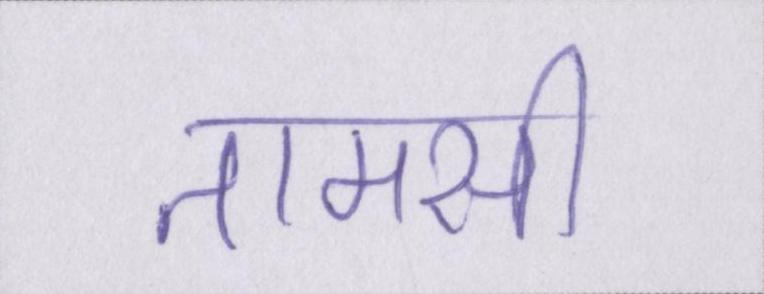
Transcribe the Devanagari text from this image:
तामसी